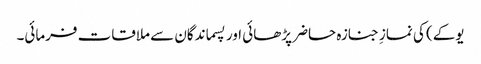
یوکے) کی نمازِ جنازہ حاضر پڑھائی اور پسماندگان سے ملاقات فرمائی۔